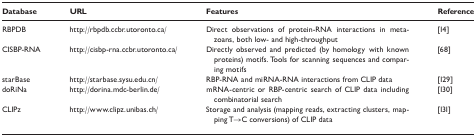
<table><thead><tr><td><b>Database</b></td><td><b>URL</b></td><td><b>Features</b></td><td><b>Reference</b></td></tr></thead><tbody><tr><td>RBPDB</td><td>http://rbpdb.ccbr.utoronto.ca/</td><td>Direct observations of protein-RNA interactions in metazoans, both low- and high-throughput</td><td>[14]</td></tr><tr><td>CISBP-RNA</td><td>http://cisbp-rna.ccbr.utoronto.ca/</td><td>Directly observed and predicted (by homology with known proteins) motifs. Tools for scanning sequences and comparing motifs</td><td>[68]</td></tr><tr><td>starBase</td><td>http://starbase.sysu.edu.cn/</td><td>RBP-RNA and miRNA-RNA interactions from CLIP data</td><td>[129]</td></tr><tr><td>doRiNa</td><td>http://dorina.mdc-berlin.de/</td><td>mRNA-centric or RBP-centric search of CLIP data including combinatorial search</td><td>[130]</td></tr><tr><td>CLIPz</td><td>http://www.clipz.unibas.ch/</td><td>Storage and analysis (mapping reads, extracting clusters, mapping T→C conversions) of CLIP data</td><td>[131]</td></tr></tbody></table>